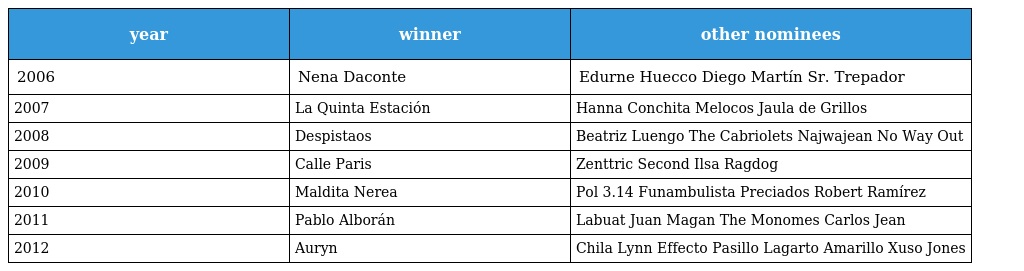
| year | winner | other nominees |
 | --- | --- | --- |
 | 2006 | Nena Daconte | Edurne Huecco Diego Martín Sr. Trepador |
 | 2007 | La Quinta Estación | Hanna Conchita Melocos Jaula de Grillos |
 | 2008 | Despistaos | Beatriz Luengo The Cabriolets Najwajean No Way Out |
 | 2009 | Calle Paris | Zenttric Second Ilsa Ragdog |
 | 2010 | Maldita Nerea | Pol 3.14 Funambulista Preciados Robert Ramírez |
 | 2011 | Pablo Alborán | Labuat Juan Magan The Monomes Carlos Jean |
 | 2012 | Auryn | Chila Lynn Effecto Pasillo Lagarto Amarillo Xuso Jones |